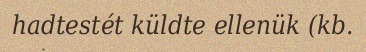
hadtestét küldte ellenük (kb.